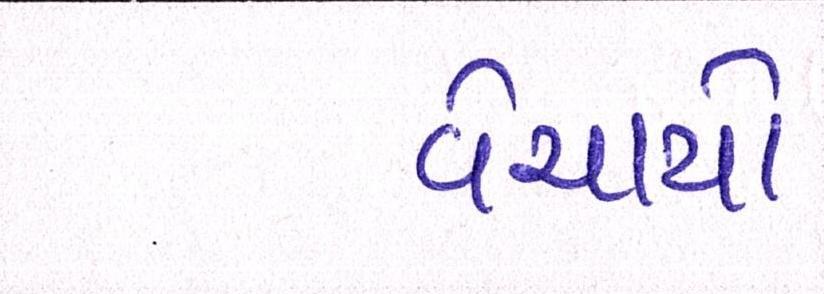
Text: વેચાયો